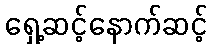
ရှေ့ဆင့်နောက်ဆင့်